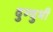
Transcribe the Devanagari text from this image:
दुन्‍दुभी